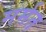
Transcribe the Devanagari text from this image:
मर्मत